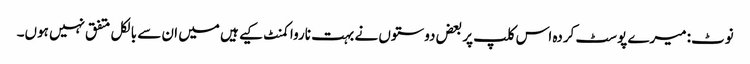
نوٹ: میرے پوسٹ کردہ اس کلپ پر بعض دوستوں نے بہت ناروا کمنٹ کیے ہیں میں ان سے بالکل متفق نہیں ہوں۔